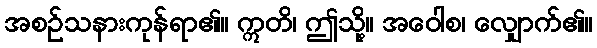
အစဉ်သနားကုန်ရာ၏။ ဣတိ၊ ဤသို့။ အဝေါစ၊ လျှောက်၏။